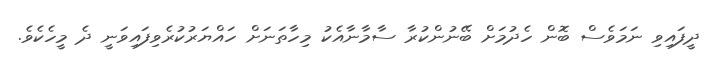
ދީފައިވި ނަމަވެސް ބޮން ހެދުމަށް ބޭނުންކުރާ ސާމާނާއެކު މިހާތަނަށް ހައްޔަރުކުރެވިފައިވަނީ ދެ މީހެކެވެ.